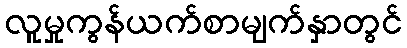
လူမှုကွန်ယက်စာမျက်နှာတွင်